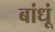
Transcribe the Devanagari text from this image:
बांधूं